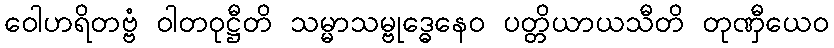
ဝေါဟရိတဗ္ဗံ ဝါတဝုဋ္ဌီတိ သမ္မာသမ္ဗုဒ္ဓေနေဝ ပတ္တိယာယသီတိ တုဏှီယေဝ